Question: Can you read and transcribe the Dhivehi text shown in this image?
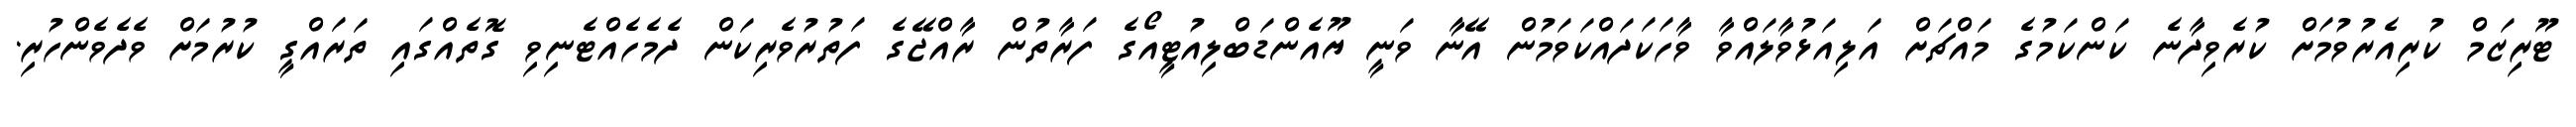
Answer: ޓޫރިޒަމް ކުރިއެރުވުމަށް ކުރެވިދާނެ ކަންކަމުގެ މައްޗަށް އަލިއަޅުވާލައްވާ ވާހަކަދައްކަވަމުން އޭނާ ވަނީ ޔޫއެންޑަބްލިއުޓީއޯގެ ފަރާތުން ރާއްޖޭގެ ފަތުރުވެރިކަން ދެމެހެއްޓެނިވި ގޮތެއްގައި ތަރައްގީ ކުރުމަށް ވެދެވެންހުރި.